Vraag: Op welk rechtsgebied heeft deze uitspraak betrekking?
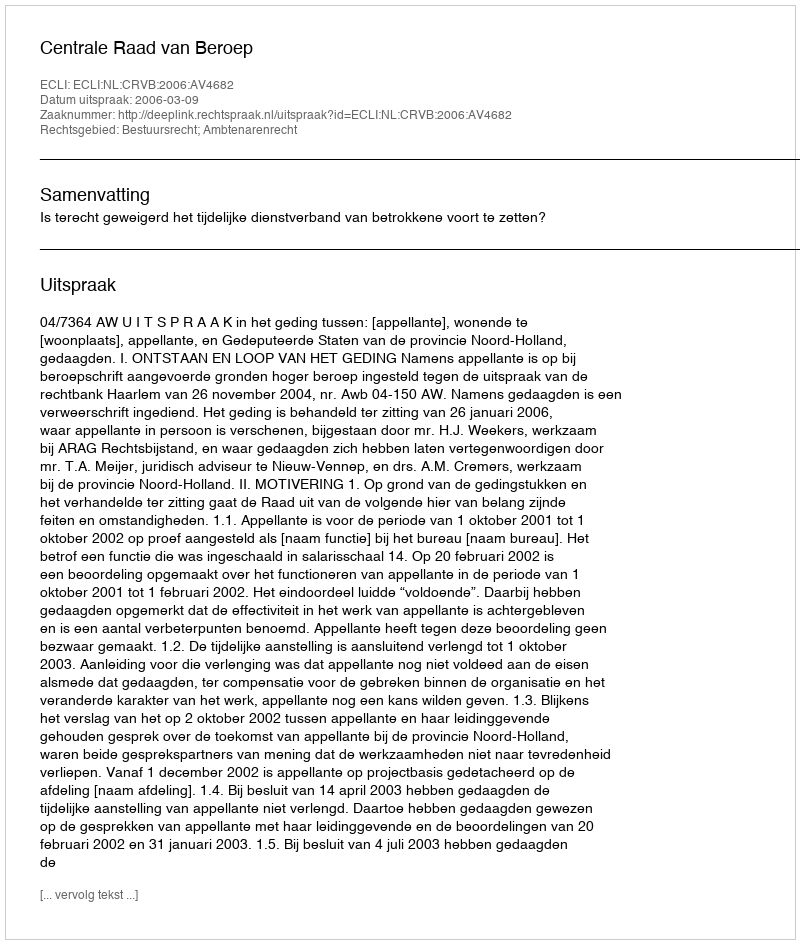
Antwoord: Bestuursrecht; Ambtenarenrecht